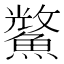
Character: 𮬈